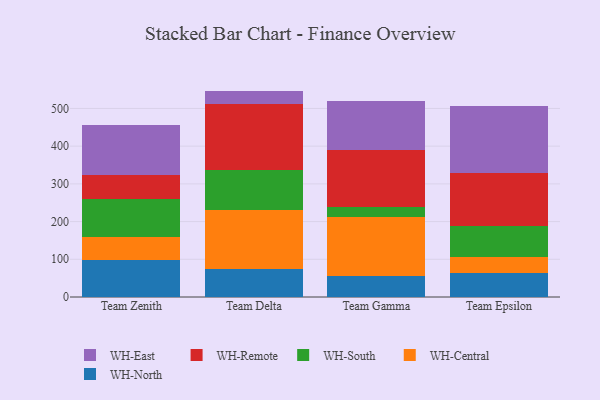
{"axis": {"x": "Team", "y": "Inventory Turnover"}, "legend": ["WH-Central", "WH-East", "WH-North", "WH-Remote", "WH-South"], "data": [{"x": "Team Zenith", "y": 97.8, "type": "WH-North"}, {"x": "Team Zenith", "y": 61.8, "type": "WH-Central"}, {"x": "Team Zenith", "y": 99.3, "type": "WH-South"}, {"x": "Team Zenith", "y": 63.5, "type": "WH-Remote"}, {"x": "Team Zenith", "y": 134.5, "type": "WH-East"}, {"x": "Team Delta", "y": 74.3, "type": "WH-North"}, {"x": "Team Delta", "y": 156.7, "type": "WH-Central"}, {"x": "Team Delta", "y": 105.0, "type": "WH-South"}, {"x": "Team Delta", "y": 177.0, "type": "WH-Remote"}, {"x": "Team Delta", "y": 33.7, "type": "WH-East"}, {"x": "Team Gamma", "y": 56.6, "type": "WH-North"}, {"x": "Team Gamma", "y": 155.0, "type": "WH-Central"}, {"x": "Team Gamma", "y": 26.0, "type": "WH-South"}, {"x": "Team Gamma", "y": 151.7, "type": "WH-Remote"}, {"x": "Team Gamma", "y": 131.3, "type": "WH-East"}, {"x": "Team Epsilon", "y": 63.6, "type": "WH-North"}, {"x": "Team Epsilon", "y": 41.5, "type": "WH-Central"}, {"x": "Team Epsilon", "y": 83.5, "type": "WH-South"}, {"x": "Team Epsilon", "y": 140.2, "type": "WH-Remote"}, {"x": "Team Epsilon", "y": 178.4, "type": "WH-East"}]}